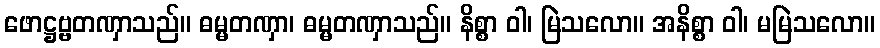
ဖောဋ္ဌဗ္ဗတဏှာသည်။ ဓမ္မတဏှာ၊ ဓမ္မတဏှာသည်။ နိစ္စာ ဝါ၊ မြဲသလော။ အနိစ္စာ ဝါ၊ မမြဲသလော။